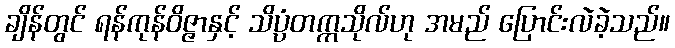
ချိန်တွင် ရန်ကုန်ဝိဇ္ဇာနှင့် သိပ္ပံတက္ကသိုလ်ဟု အမည် ပြောင်းလဲခဲ့သည်။